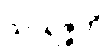
သာရဇ္ဇတိ